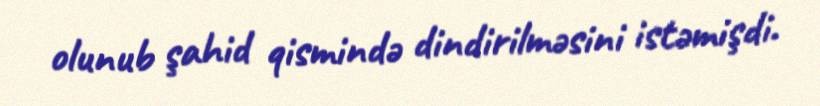
olunub şahid qismində dindirilməsini istəmişdi.